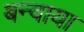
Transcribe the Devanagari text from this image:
बन्वाया